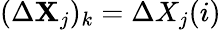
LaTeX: (\Delta\mathbf{X}_{j})_{k}=\Delta X_{j}(i)